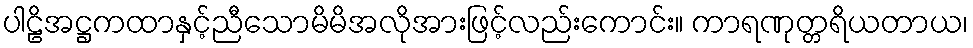
ပါဠိအဋ္ဌကထာနှင့်ညီသောမိမိအလိုအားဖြင့်လည်းကောင်း။ ကာရဏုတ္တရိယတာယ၊